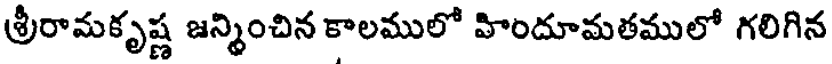
శ్రీరామకృష్ణ జన్మించిన కాలములో హిందూమతములో గలిగిన